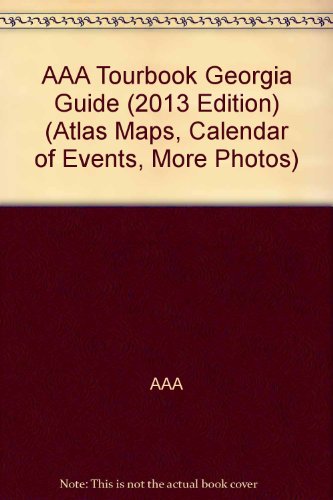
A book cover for AAA Tourbook Georgia Guide (2013 Edition) (Atlas Maps, Calendar of Events, More Photos); AAA; Calendars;